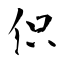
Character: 伿